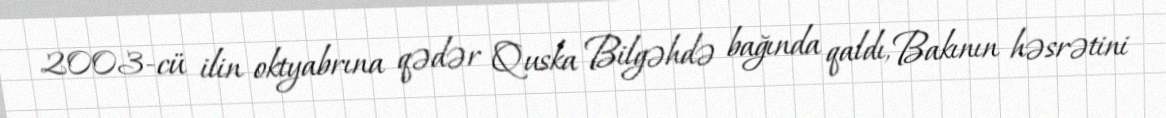
2003-cü ilin oktyabrına qədər Quska Bilgəhdə bağında qaldı, Bakının həsrətini